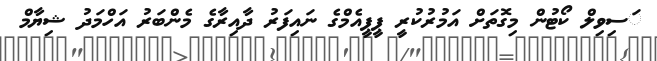
ަސިވިލް ކޯޓުން މިގޮތަށް އަމުރުކުރީ ޕީޕީއެމްގެ ނައިފަރު ދާއިރާގެ މެންބަރު އަހްމަދު ޝިޔާމް